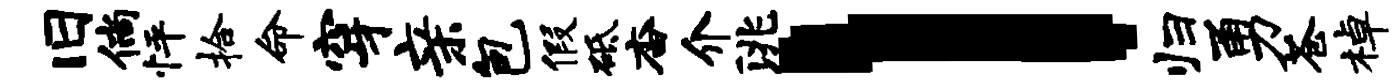
旧倘怦拾命穿亲包假砥杳介洮l归勇苍棹